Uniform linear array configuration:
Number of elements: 24
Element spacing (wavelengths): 1
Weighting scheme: kaiser
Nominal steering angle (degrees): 45
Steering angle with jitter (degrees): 43.836
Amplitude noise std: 0.05
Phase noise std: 0.05

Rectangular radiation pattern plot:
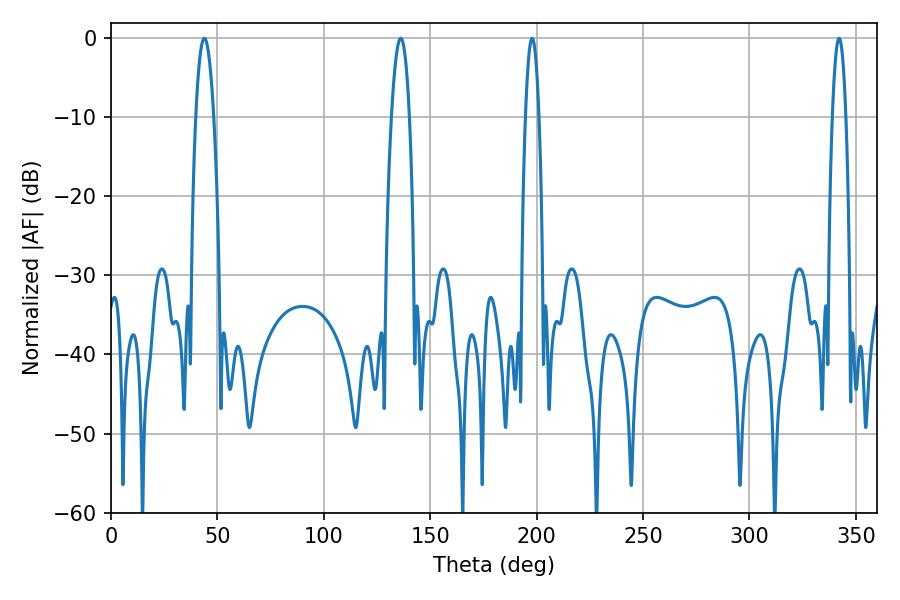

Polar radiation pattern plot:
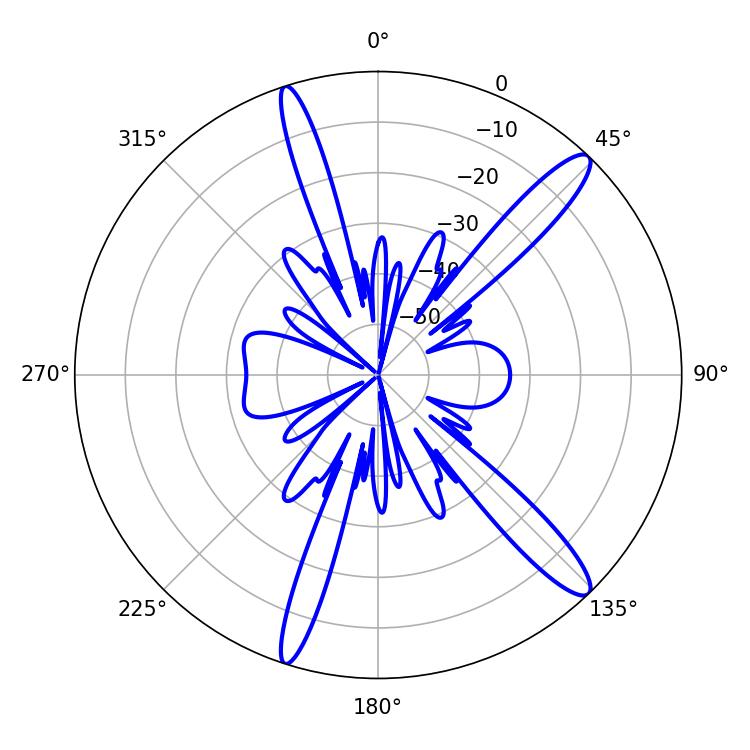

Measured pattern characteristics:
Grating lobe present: TRUE
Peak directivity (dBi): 13.93
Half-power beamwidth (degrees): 4.68
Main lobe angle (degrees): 43.92